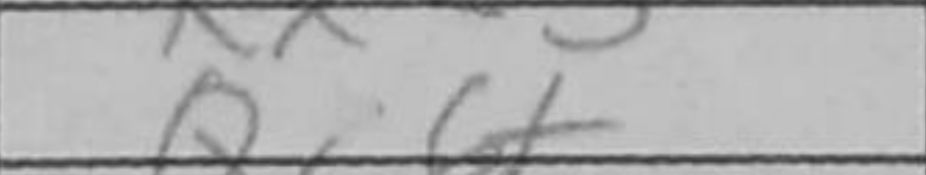
Transcription: Qc6+